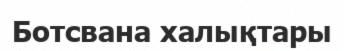
Ботсвана халықтары